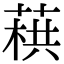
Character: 𦶓